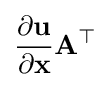
{\frac {\partial \mathbf {u} }{\partial \mathbf {x} }}\mathbf {A} ^{\top }